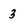
Character: 3